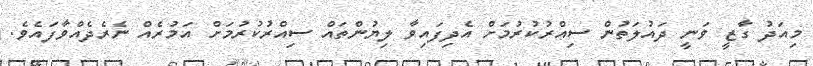
މިއަދު ގާޒީ ވަނީ ދައުލަތުން ސިއްރުކުރުމަށް އެދިފައިވާ ލިޔުންތައް ސިއްރުކުރުމަށް އަމުރެއް ނެރެދެއްވާފައެވެ.